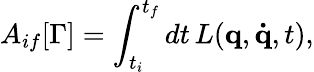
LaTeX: A_{if}[\Gamma]=\int_{t_{i}}^{t_{f}}dt\, L(\mathbf{q},\mathbf{\dot{q}},t),